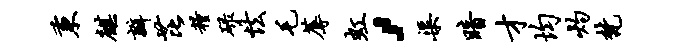
秉麒瓣芘粮碌怯毛蓐虹，渠暗才均灼梵